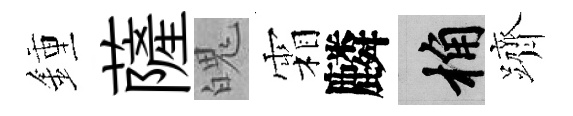
鍾薩魄霜麟桷躋